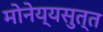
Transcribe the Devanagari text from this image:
मोनेय्यसुत्त